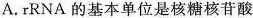
A. rRNA的基本单位是核糖核苷酸